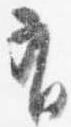
有